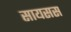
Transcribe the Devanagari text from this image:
सायसस